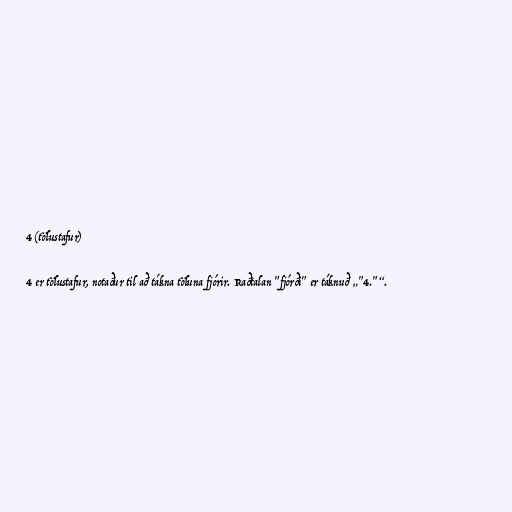
4 (tölustafur)

4 er tölustafur, notaður til að tákna töluna fjórir. Raðtalan "fjórði" er táknuð „"4."“.